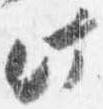
此